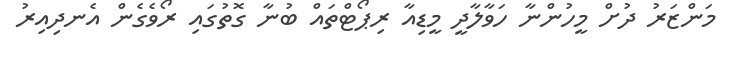
މަންޒަރު ދުށް މީހުންނާ ހަވާލާދީ މީޑިއާ ރިޕޯޓްތައް ބުނާ ގޮތުގައި ރޯވެގެން އެނދިއިރު